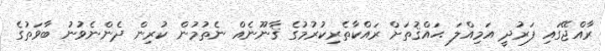
ރާއްޖޭގައި ފަރުދީ އަމިއްލަ ޙައްޤުތަށް ރައްކާތެރިކުރުމުގެ ޤާނޫނެއް ނެތުމުން ކުރިން ދެންނެވުނު ބާވަތުގެ